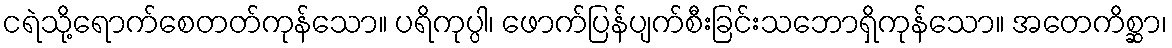
ငရဲသို့ရောက်စေတတ်ကုန်သော။ ပရိကုပ္ပါ၊ ဖောက်ပြန်ပျက်စီးခြင်းသဘောရှိကုန်သော။ အတေကိစ္ဆာ၊